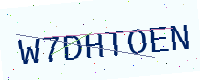
Text: W7DHTOEN